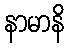
နာမာနိ